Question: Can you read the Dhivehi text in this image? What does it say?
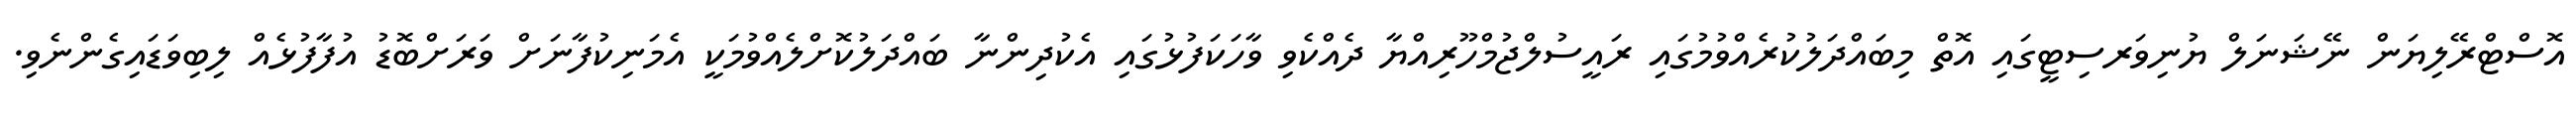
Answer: އޮސްޓްރޭލިޔަން ނޭޝަނަލް ޔުނިވަރސިޓީގައި އޮތް މިބައްދަލުކުރެއްވުމުގައި ރައީސުލްޖުމްހޫރިއްޔާ ދެއްކެވި ވާހަކަފުޅުގައި އެކުދިންނާ ބައްދަލުކޮށްލެއްވުމަކީ އެމަނިކުފާނަށް ވަރަށްބޮޑު އުފާފުޅެއް ލިބިވަޑައިގެންނެވި.